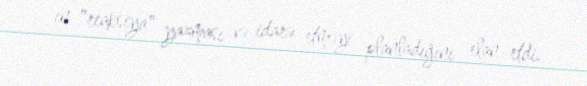
ın "reaksiya" yazması və idarə etməyi planladığını elan etdi.